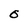
Character: O